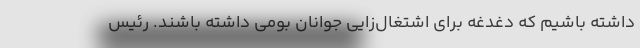
داشته باشیم که دغدغه برای اشتغال‌زایی جوانان بومی داشته باشند. رئیس